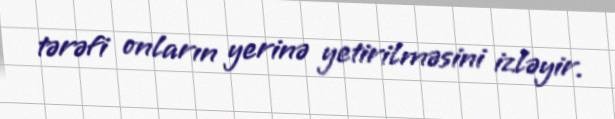
tərəfi onların yerinə yetirilməsini izləyir.